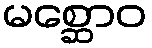
မစ္ဆောဝ